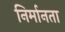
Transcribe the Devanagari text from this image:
निर्मानता